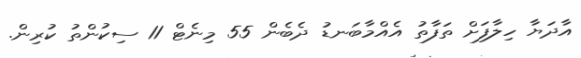
އާދަޔާ ހިލާފަށް ތަފާތު އެއްމާބަނޑު ދެބެން 55 މިނެޓް 11 ސިކުންތު ކުރިން.